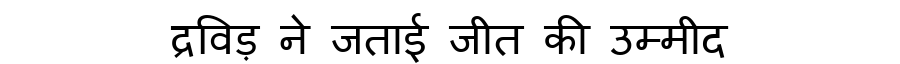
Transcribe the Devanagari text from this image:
द्रविड़ ने जताई जीत की उम्मीद